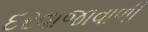
દરવાજાવાળી